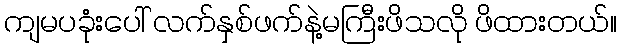
ကျမပခုံးပေါ် လက်နှစ်ဖက်နဲ့မကြီးဖိသလို ဖိထားတယ်။